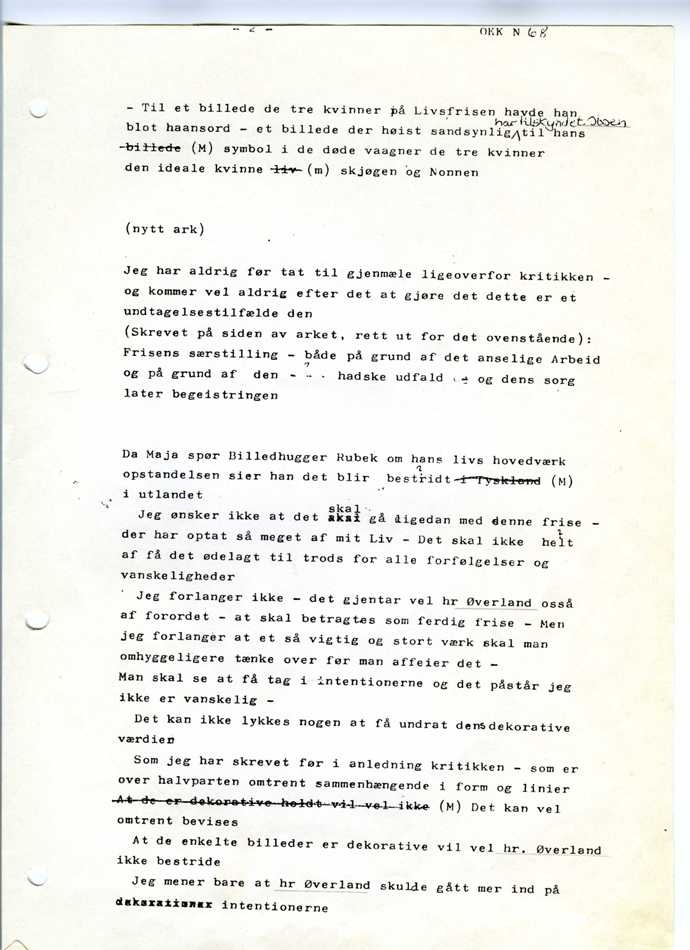
billede symbol i de døde vaagner de tre kvinner
den ideale kvinne liv skjøgen og Nonnen
Jeg har aldrig før tat til gjenmæle ligeoverfor kritikken
– og kommer vel aldrig efter det at gjøre det dette er et
undtagelsestilfælde den
Frisens særstilling – både på grund af det anselige Arbeid
og på grund af  den
hadske udfald – og dens sorg
later begeistringen
Da Maja spør Billedhugger Rubek om hans livs hovedværk
i utlandet
Jeg ønsker ikke at det skal gå ligedan med denne frise
– der har optat så meget af mit Liv – Det skal ikke  helt
af få det ødelagt til trods for alle forfølgelser og
vanskeligheder
Jeg forlanger ikke – det gjentar vel hr Øverland osså
af forordet – at skal betragtes som ferdig frise – Men
jeg forlanger at et så vigtig og stort værk skal man
omhyggeligere tænke over før man affeier det
– Man skal se at få tag i intentionerne og det påstår jeg
ikke er vanskelig
– Det kan ikke lykkes nogen at få undrat dens dekorative
værdien
Som jeg har skrevet før i anledning kritikken – som er
over halvparten omtrent sammenhængende i form og linier
At de er dekorative holdt vil vel ikke Det kan vel
omtrent bevises
At de enkelte billeder er dekorative vil vel hr. Øverland
ikke bestride
Jeg mener bare at hr Øverland skulde gått mer ind på